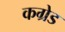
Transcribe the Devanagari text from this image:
कग्रेड